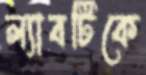
ল্যাবটিকে